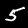
Label: 5